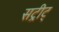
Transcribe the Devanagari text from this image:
सट्रीट्